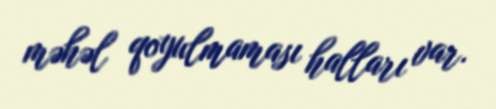
məhəl qoyulmaması halları var.